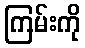
ကြမ်းကို